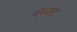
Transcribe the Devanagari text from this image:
मॅस्कट